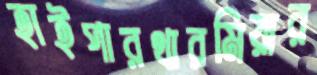
হাইপারথারমিয়ার